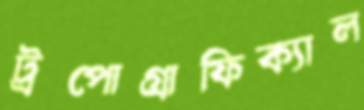
ট্রপোগ্রাফিক্যাল